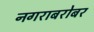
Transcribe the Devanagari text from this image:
नगराबरोबर